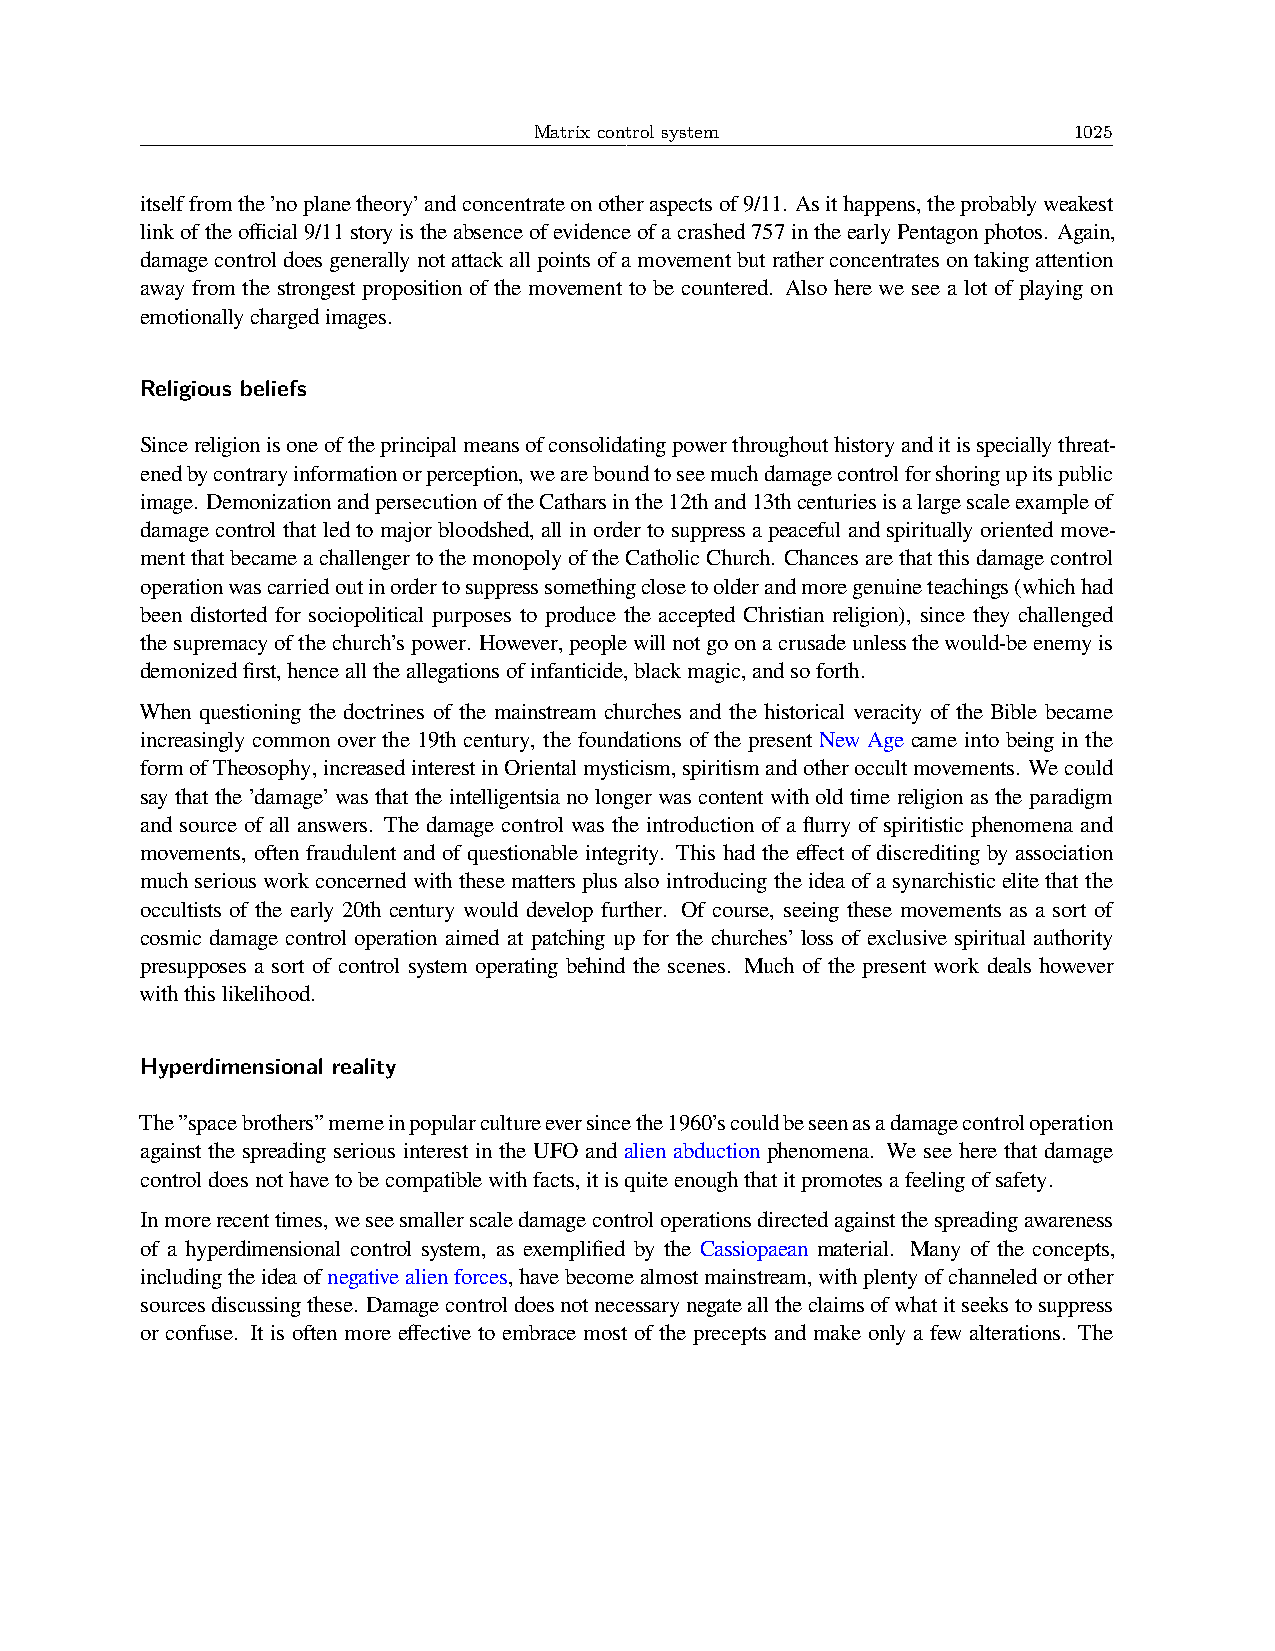
Matrix control system               1025
 itselffromthe’noplanetheory’andconcentrateonotheraspectsof9/11. Asithappens,theprobablyweakest
 linkoftheofficial9/11storyistheabsenceofevidenceofacrashed757intheearlyPentagonphotos. Again,
 damagecontroldoesgenerallynotattackallpointsofamovementbutratherconcentratesontakingattention
 away from the strongest proposition of the movement to be countered. Also here we see a lot of playing on
 emotionallychargedimages.
 Religious beliefs
 Sincereligionisoneoftheprincipalmeansofconsolidatingpowerthroughouthistoryanditisspeciallythreat-
 enedbycontraryinformationorperception,weareboundtoseemuchdamagecontrolforshoringupitspublic
 image. DemonizationandpersecutionoftheCatharsinthe12thand13thcenturiesisalargescaleexampleof
 damage control that led to major bloodshed, all in order to suppress a peaceful and spiritually oriented move-
 mentthatbecameachallengertothemonopolyoftheCatholicChurch. Chancesarethatthisdamagecontrol
 operationwascarriedoutinordertosuppresssomethingclosetoolderandmoregenuineteachings(whichhad
 been distorted for sociopolitical purposes to produce the accepted Christian religion), since they challenged
 thesupremacyofthechurch’spower. However,peoplewillnotgoonacrusadeunlessthewould-beenemyis
 demonizedfirst,hencealltheallegationsofinfanticide,blackmagic,andsoforth.
 When questioning the doctrines of the mainstream churches and the historical veracity of the Bible became
 increasingly common over the 19th century, the foundations of the present New Age came into being in the
 formofTheosophy,increasedinterestinOrientalmysticism,spiritismandotheroccultmovements. Wecould
 say that the ’damage’ was that the intelligentsia no longer was content with old time religion as the paradigm
 and source of all answers. The damage control was the introduction of a flurry of spiritistic phenomena and
 movements, often fraudulent and of questionable integrity. This had the effect of discrediting by association
 muchseriousworkconcernedwiththesemattersplusalsointroducingtheideaofasynarchisticelitethatthe
 occultists of the early 20th century would develop further. Of course, seeing these movements as a sort of
 cosmic damage control operation aimed at patching up for the churches’ loss of exclusive spiritual authority
 presupposes a sort of control system operating behind the scenes. Much of the present work deals however
 withthislikelihood.
 Hyperdimensional reality
 The”spacebrothers”memeinpopularcultureeversincethe1960’scouldbeseenasadamagecontroloperation
 against the spreading serious interest in the UFO and alien abduction phenomena. We see here that damage
 controldoesnothavetobecompatiblewithfacts,itisquiteenoughthatitpromotesafeelingofsafety.
 Inmorerecenttimes,weseesmallerscaledamagecontroloperationsdirectedagainstthespreadingawareness
 of a hyperdimensional control system, as exemplified by the Cassiopaean material. Many of the concepts,
 includingtheideaofnegativealienforces,havebecomealmostmainstream,withplentyofchanneledorother
 sourcesdiscussingthese. Damagecontroldoesnotnecessarynegatealltheclaimsofwhatitseekstosuppress
 or confuse. It is often more effective to embrace most of the precepts and make only a few alterations. The